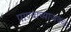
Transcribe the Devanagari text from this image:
पाण्याच्याजवळ